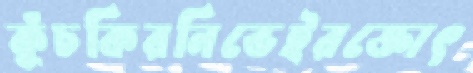
কুঁচকিরনিভেইরক্তোৎ